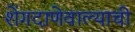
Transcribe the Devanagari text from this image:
शेंगदाणेवाल्याची